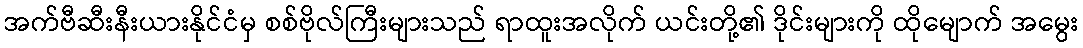
အက်ဗီဆီးနီးယားနိုင်ငံမှ စစ်ဗိုလ်ကြီးများသည် ရာထူးအလိုက် ယင်းတို့၏ ဒိုင်းများကို ထိုမျောက် အမွေး